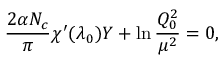
{ \frac { 2 \alpha N _ { c } } { \pi } } \chi ^ { \prime } ( \lambda _ { 0 } ) Y + \ln { \frac { Q _ { 0 } ^ { 2 } } { \mu ^ { 2 } } } = 0 ,